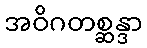
အဝိဂတစ္ဆန္ဒာ